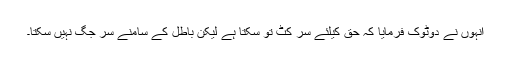
انہوں نے دوٹوک فرمایا کہ حق کیلئے سر کٹ تو سکتا ہے لیکن باطل کے سامنے سر جگ نہیں سکتا۔